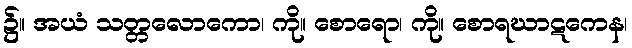
၌။ အယံ သတ္တလောကော၊ ကို။ စောရော၊ ကို။ စောရဃာဋကေန၊